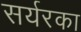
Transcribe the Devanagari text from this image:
सर्यरका